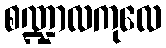
စဏ္ဍာလကုလေ